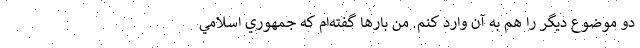
دو موضوع ديگر را هم به آن وارد كنم. من بارها گفته‌ام كه جمهوري اسلامي